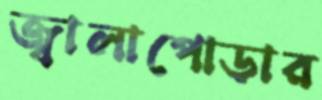
জ্বালাপোড়ার